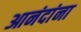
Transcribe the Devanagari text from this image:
आनंदांना